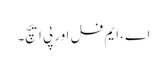
اے ،ایم فل اور پی ایچ۔